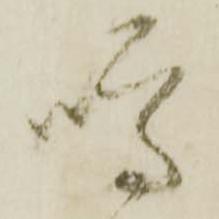
噂